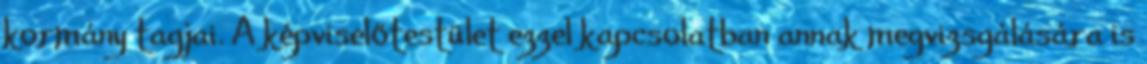
kormány tagjai. A képviselőtestület ezzel kapcsolatban annak megvizsgálására is